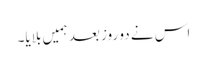
اس نے دو روز بعد ہمیں بلایا۔